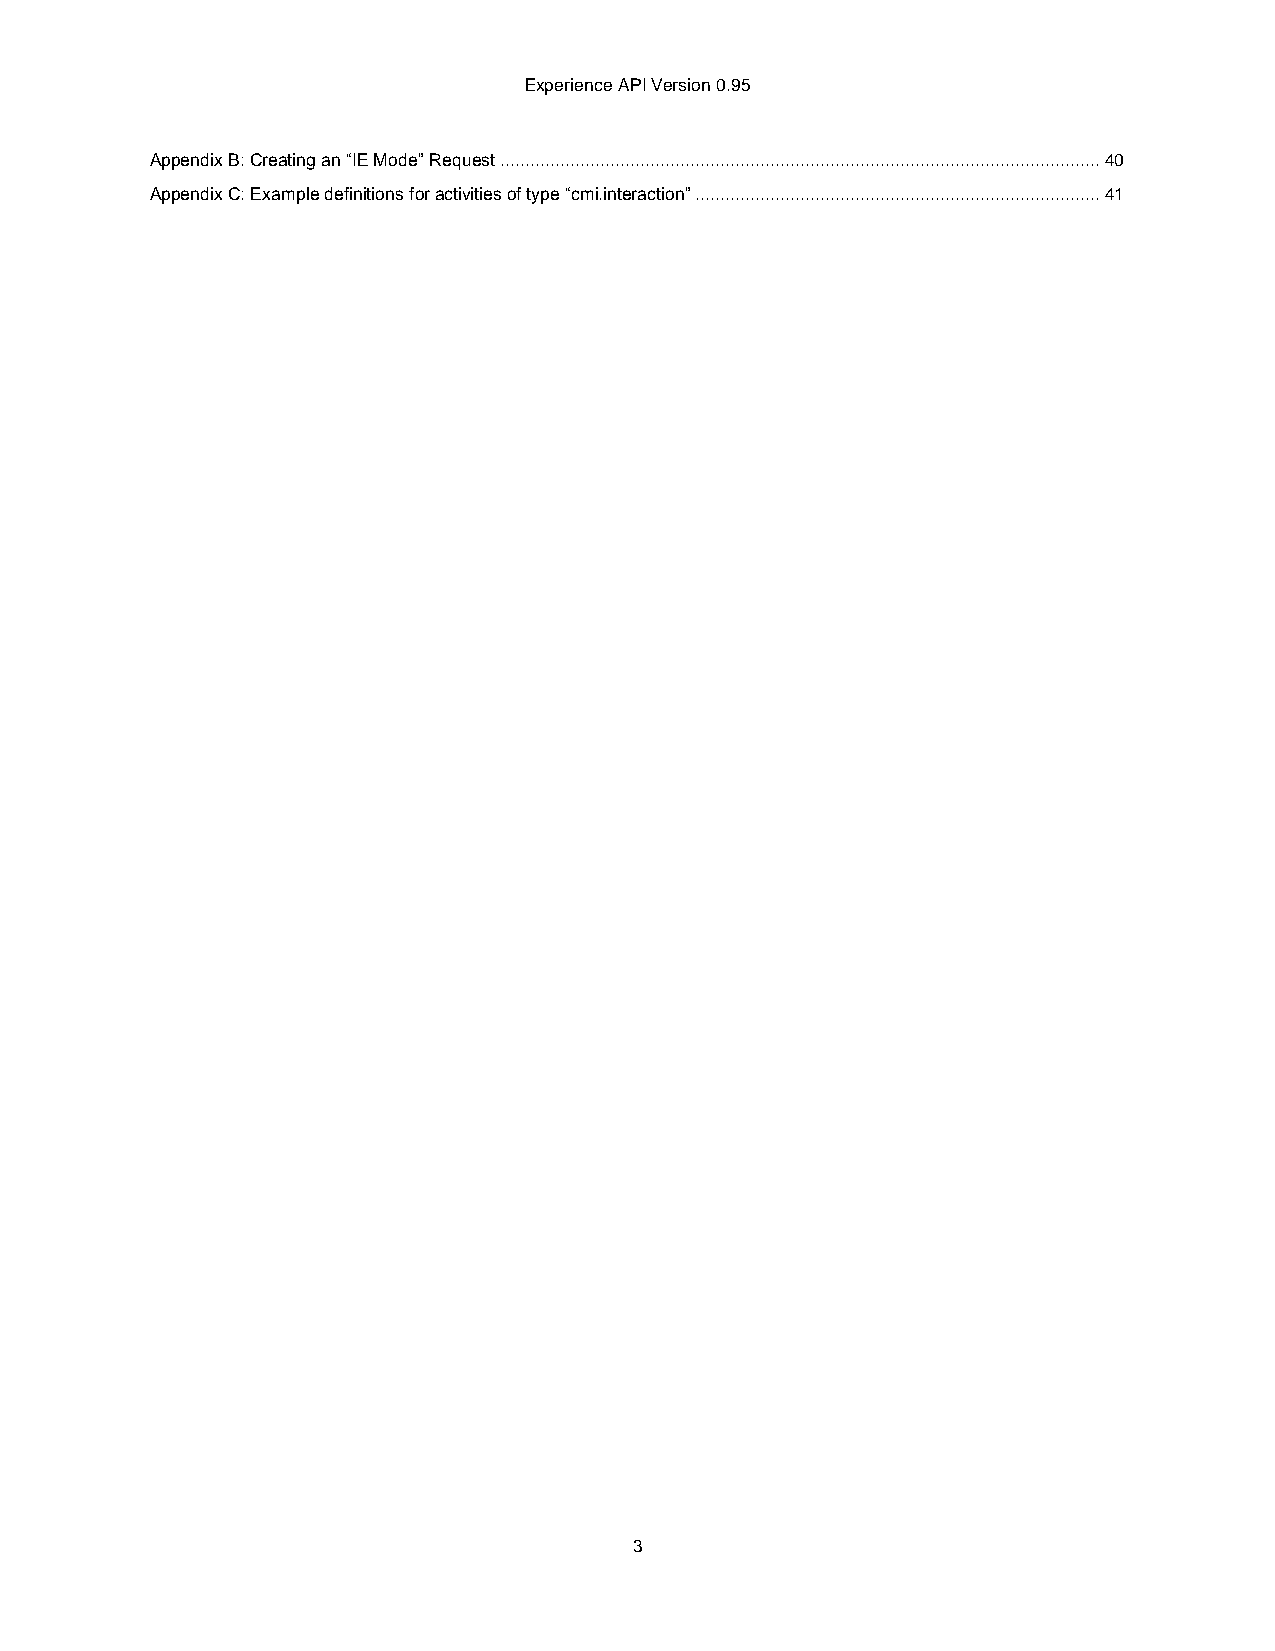
Experience API Version 0.95
 Appendix B: Creating an “IE Mode” Request ........................................................................................................................ 40
 Appendix C: Example definitions for activities of type “cmi.interaction” ................................................................................. 41
 3